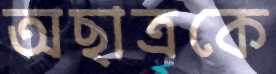
অছাত্রকে